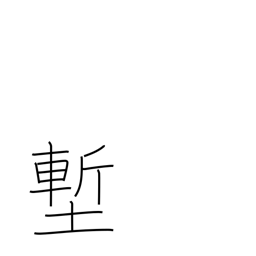
Meaning: ditch